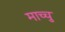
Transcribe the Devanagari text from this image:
माच्चु